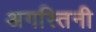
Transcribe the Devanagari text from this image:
अगस्तिनी